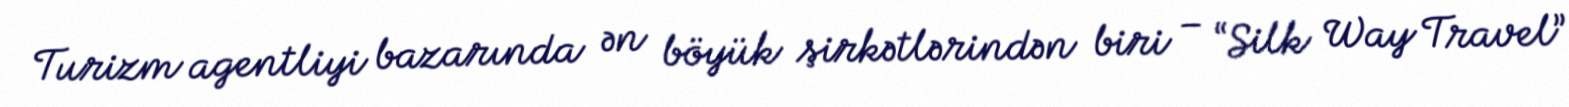
Turizm agentliyi bazarında ən böyük şirkətlərindən biri – “Silk Way Travel”